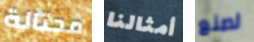
محتالة أمثالنا لصنع